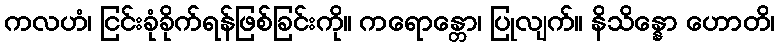
ကလဟံ၊ ငြင်းခုံခိုက်ရန်ဖြစ်ခြင်းကို။ ကရောန္တော၊ ပြုလျက်။ နိသိန္နော ဟောတိ၊